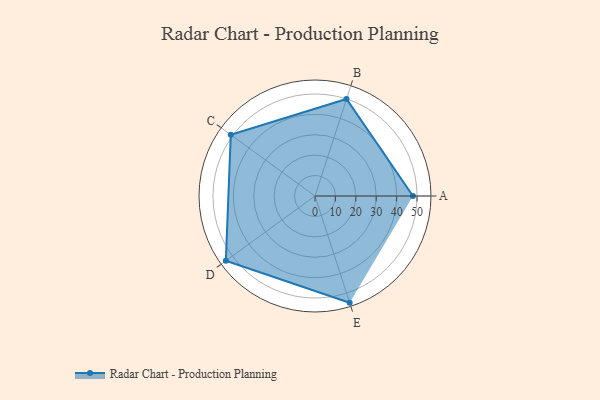
{"axis": {"x": "Skill", "y": "Score"}, "legend": ["Profile"], "data": [{"x": "A", "y": 48.0, "type": "Profile"}, {"x": "B", "y": 50.0, "type": "Profile"}, {"x": "C", "y": 51.0, "type": "Profile"}, {"x": "D", "y": 54.0, "type": "Profile"}, {"x": "E", "y": 55.0, "type": "Profile"}]}